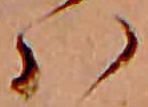
ハ